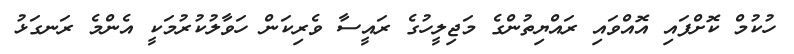
ހުކުމް ކޮށްފައި އޮއްވައި ރައްޔިތުންގެ މަޖިލީހުގެ ރައީސާ ވެރިކަން ހަވާލުކުރުމަކީ އެންމެ ރަނގަޅު